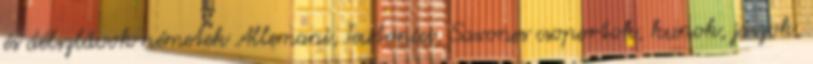
és délszlávok németek Allemani, Teutonici, Saxones csoportok, kunok, jászok,